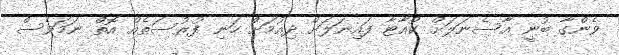
ވެންގާ ބުނީ އާސެނަލަށް ކުއާޓާ ފައިނަލަށް ދިއުމަށް ހަނި ފުރުސަތެއް އޮތް ނަމަވެސް